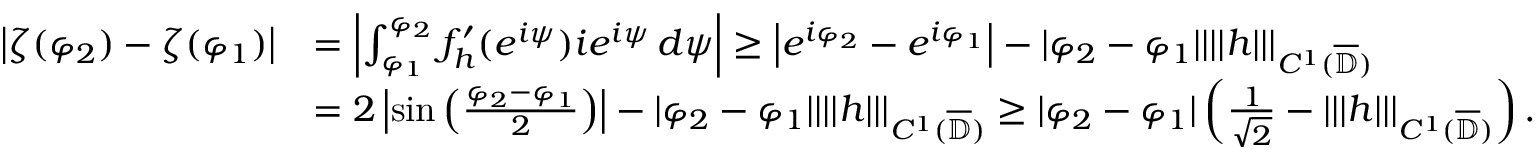
\begin{array} { r l } { \left| \zeta ( \varphi _ { 2 } ) - \zeta ( \varphi _ { 1 } ) \right| } & { = \left| \int _ { \varphi _ { 1 } } ^ { \varphi _ { 2 } } f _ { h } ^ { \prime } ( e ^ { i \psi } ) i e ^ { i \psi } \, d \psi \right| \geq \left| e ^ { i \varphi _ { 2 } } - e ^ { i \varphi _ { 1 } } \right| - | \varphi _ { 2 } - \varphi _ { 1 } | | | | h | | | _ { C ^ { 1 } ( \overline { { \mathbb { D } } } ) } } \\ & { = 2 \left| \sin \left( \frac { \varphi _ { 2 } - \varphi _ { 1 } } { 2 } \right) \right| - | \varphi _ { 2 } - \varphi _ { 1 } | | | | h | | | _ { C ^ { 1 } ( \overline { { \mathbb { D } } } ) } \geq | \varphi _ { 2 } - \varphi _ { 1 } | \left( \frac { 1 } { \sqrt { 2 } } - | | | h | | | _ { C ^ { 1 } ( \overline { { \mathbb { D } } } ) } \right) . } \end{array}